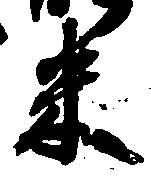
米